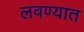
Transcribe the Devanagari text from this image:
लवण्यात